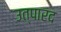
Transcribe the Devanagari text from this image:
उत्पारद